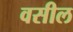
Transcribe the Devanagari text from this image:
वसील